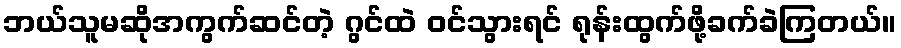
ဘယ်သူမဆိုအကွက်ဆင်တဲ့ ဂွင်ထဲ ဝင်သွားရင် ရုန်းထွက်ဖို့ခက်ခဲကြတယ်။